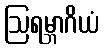
ဩရမ္ဘာဂိယံ